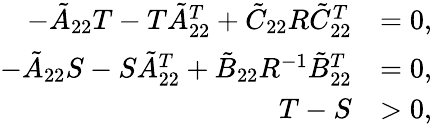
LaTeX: \begin{array}{rl}{-\tilde{A}_{22}T-T\tilde{A}_{22}^{T}+\tilde{C}_{22}R\tilde{C}_{22}^{T}}&{=0,}\\ {-\tilde{A}_{22}S-S\tilde{A}_{22}^{T}+\tilde{B}_{22}R^{-1}\tilde{B}_{22}^{T}}&{=0,}\\ {T-S}&{>0,}\end{array}